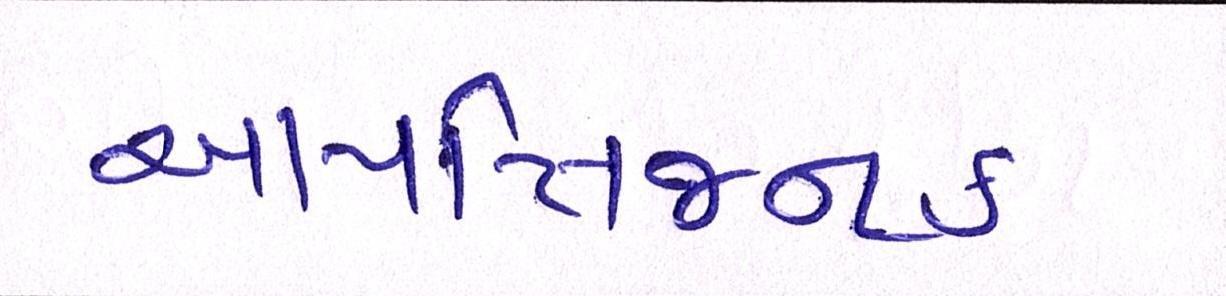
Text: આપત્તિજનક